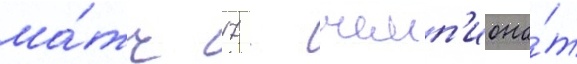
ма́тч 17 - чемп'иона́т